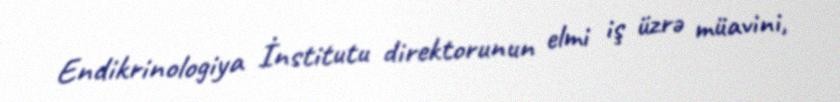
Endikrinologiya İnstitutu direktorunun elmi iş üzrə müavini,